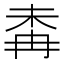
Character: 𣑜